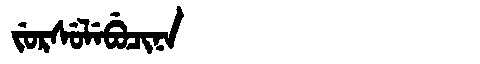
Manchu: ᠵᡠᡵᠰᡠᠯᡝᠪᡠᠴᡳᠨᠠ
Romanization: JURSULEBUCINA